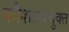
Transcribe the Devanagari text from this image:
कौशल्ययुक्त